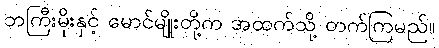
ဘကြီးမိုးနှင့် မောင်မျိုးတို့က အထက်သို့ တက်ကြမည်။